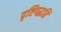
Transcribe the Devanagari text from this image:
दृष्टिपद्धति